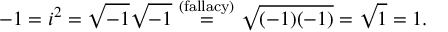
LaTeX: - 1 = i ^ { 2 } = { \sqrt { - 1 } } { \sqrt { - 1 } } { \stackrel { \mathrm { ~ ( f a l l a c y ) ~ } } { = } } { \sqrt { ( - 1 ) ( - 1 ) } } = { \sqrt { 1 } } = 1 .